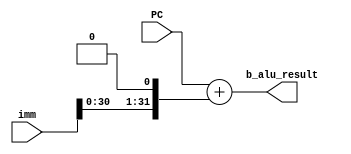
module aluPC(input wire    [31:0]  PC,
            input  wire [31:0]   imm,
            output reg [31:0]  b_alu_result);

always @ (*)
    b_alu_result <= PC + (imm << 1 );


endmodule